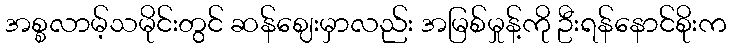
အစ္စလာမ့်သမိုင်းတွင် ဆန်ဈေးမှာလည်း အမြစ်မှုန့်ကို ဦးရန်နောင်စိုးက